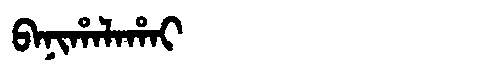
Manchu: ᠪᠠᠨᡳᡥᠠᠯᠠᡥᠠᡳ
Romanization: BANIHALAHAI